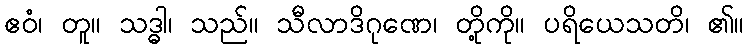
ဧဝံ၊ တူ။ သဒ္ဓါ၊ သည်။ သီလာဒိဂုဏေ၊ တို့ကို။ ပရိယေသတိ၊ ၏။